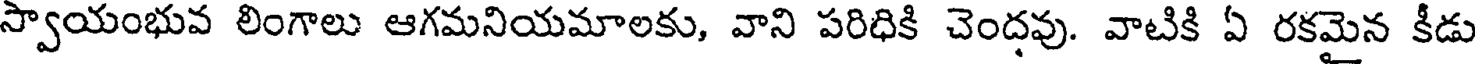
స్వాయంభువ లింగాలు ఆగమనియమాలకు, వాని పరిధికి చెందవు. వాటికి ఏ రకమైన కీడు